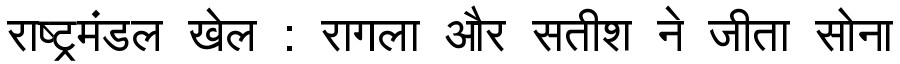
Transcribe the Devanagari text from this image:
राष्ट्रमंडल खेल : रागला और सतीश ने जीता सोना